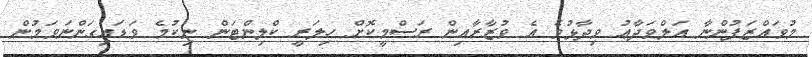
މުވައްޒަފުންނާ އަލްވަދާޢު ވިދާޅުވެ އެ ވުޒާރާއިން ރަސްމީކޮށް ހިލަރީ ކްލިންޓަން ނިކުމެ ވަޑައިގަންނަވަމުން